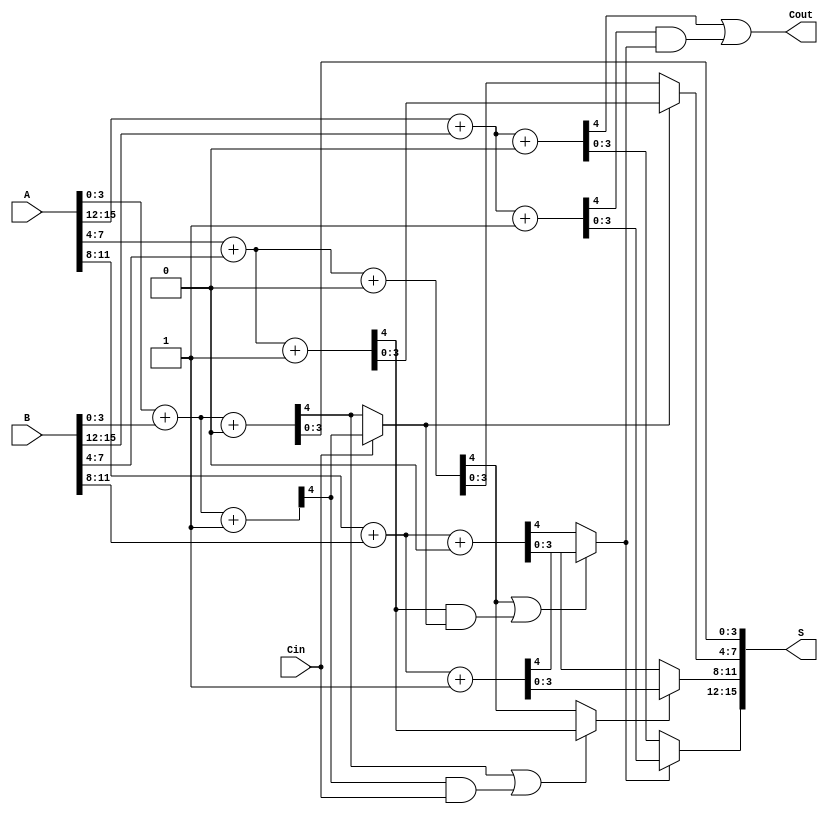
module CCSA #(parameter N = 16, parameter M = 4) (
    input [N-1:0] A,
    input [N-1:0] B,
    input Cin,
    output [N-1:0] S,
    output Cout
);
    localparam GROUPS = N / M;

    // Intermediate sums and carries
    wire [M-1:0] sum0 [0:GROUPS-1];
    wire [M-1:0] sum1 [0:GROUPS-1];
    wire carry0 [0:GROUPS-1];
    wire carry1 [0:GROUPS-1];
    wire carry_out [0:GROUPS-1];
    wire selected_carry [0:GROUPS-1];

    genvar i, j;
    
    // Generate the sum and carry for each group
    generate
        for (i = 0; i < GROUPS; i = i + 1) begin : group_adder
            // Indices for the bits
            wire [N-1:0] A_group = A[M*i +: M];
            wire [N-1:0] B_group = B[M*i +: M];
            wire carry_in = (i == 0) ? Cin : carry_out[i-1];

            // Compute sums for carry in 0 and 1
            assign {carry0[i], sum0[i]} = A_group + B_group + 1'b0;
            assign {carry1[i], sum1[i]} = A_group + B_group + 1'b1;

            // Select carry out for the next group
            if (i == 0) begin
                assign carry_out[i] = carry0[i] | (carry1[i] & Cin);
            end else begin
                assign carry_out[i] = carry0[i] | (carry1[i] & selected_carry[i-1]);
            end

            // Multiplexer to select the appropriate sum based on the carry
            assign selected_carry[i] = (carry_in) ? carry1[i] : carry0[i];
        end
    endgenerate

    // Final Sum Calculation
    generate
        for (j = 0; j < GROUPS; j = j + 1) begin : final_sum
            assign S[M*j +: M] = (j == 0) ? sum0[j] : (selected_carry[j-1] ? sum1[j] : sum0[j]);
        end
    endgenerate

    // Final carry output
    assign Cout = carry_out[GROUPS-1];

endmodule